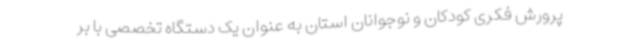
پرورش فکری کودکان و نوجوانان استان به عنوان یک دستگاه تخصصی با بر